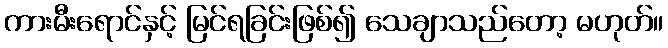
ကားမီးရောင်နှင့် မြင်ရခြင်းဖြစ်၍ သေချာသည်တော့ မဟုတ်။